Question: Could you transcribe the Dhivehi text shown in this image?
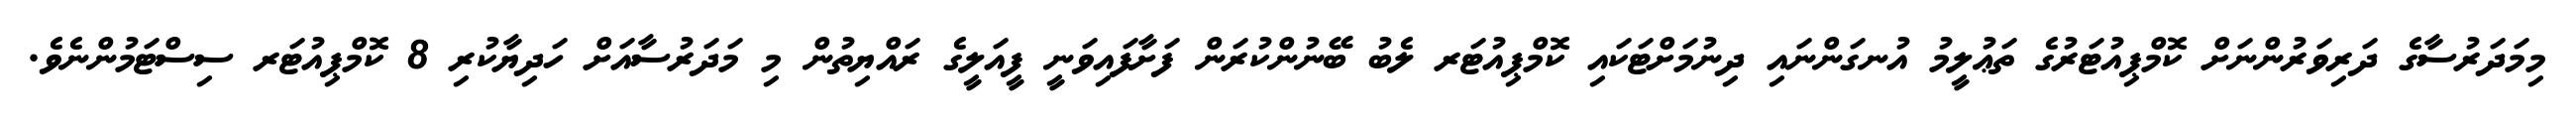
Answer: މިމަދަރުސާގެ ދަރިވަރުންނަށް ކޮމްޕިއުޓަރުގެ ތަޢުލީމު އުނގަންނައި ދިނުމަށްޓަކައި ކޮމްޕިއުޓަރ ލެބު ބޭނުންކުރަން ފަށާފައިވަނީ ފީއަލީގެ ރައްޔިތުން މި މަދަރުސާއަށް ހަދިޔާކުރި 8 ކޮމްޕިއުޓަރ ސިސްޓަމުންނެވެ.